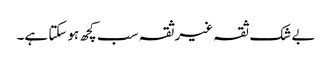
بے شک ثقہ غیرثقہ سب کچھ ہوسکتا ہے۔